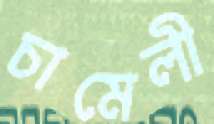
চামেলী